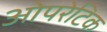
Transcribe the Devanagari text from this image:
ओपरेटिक